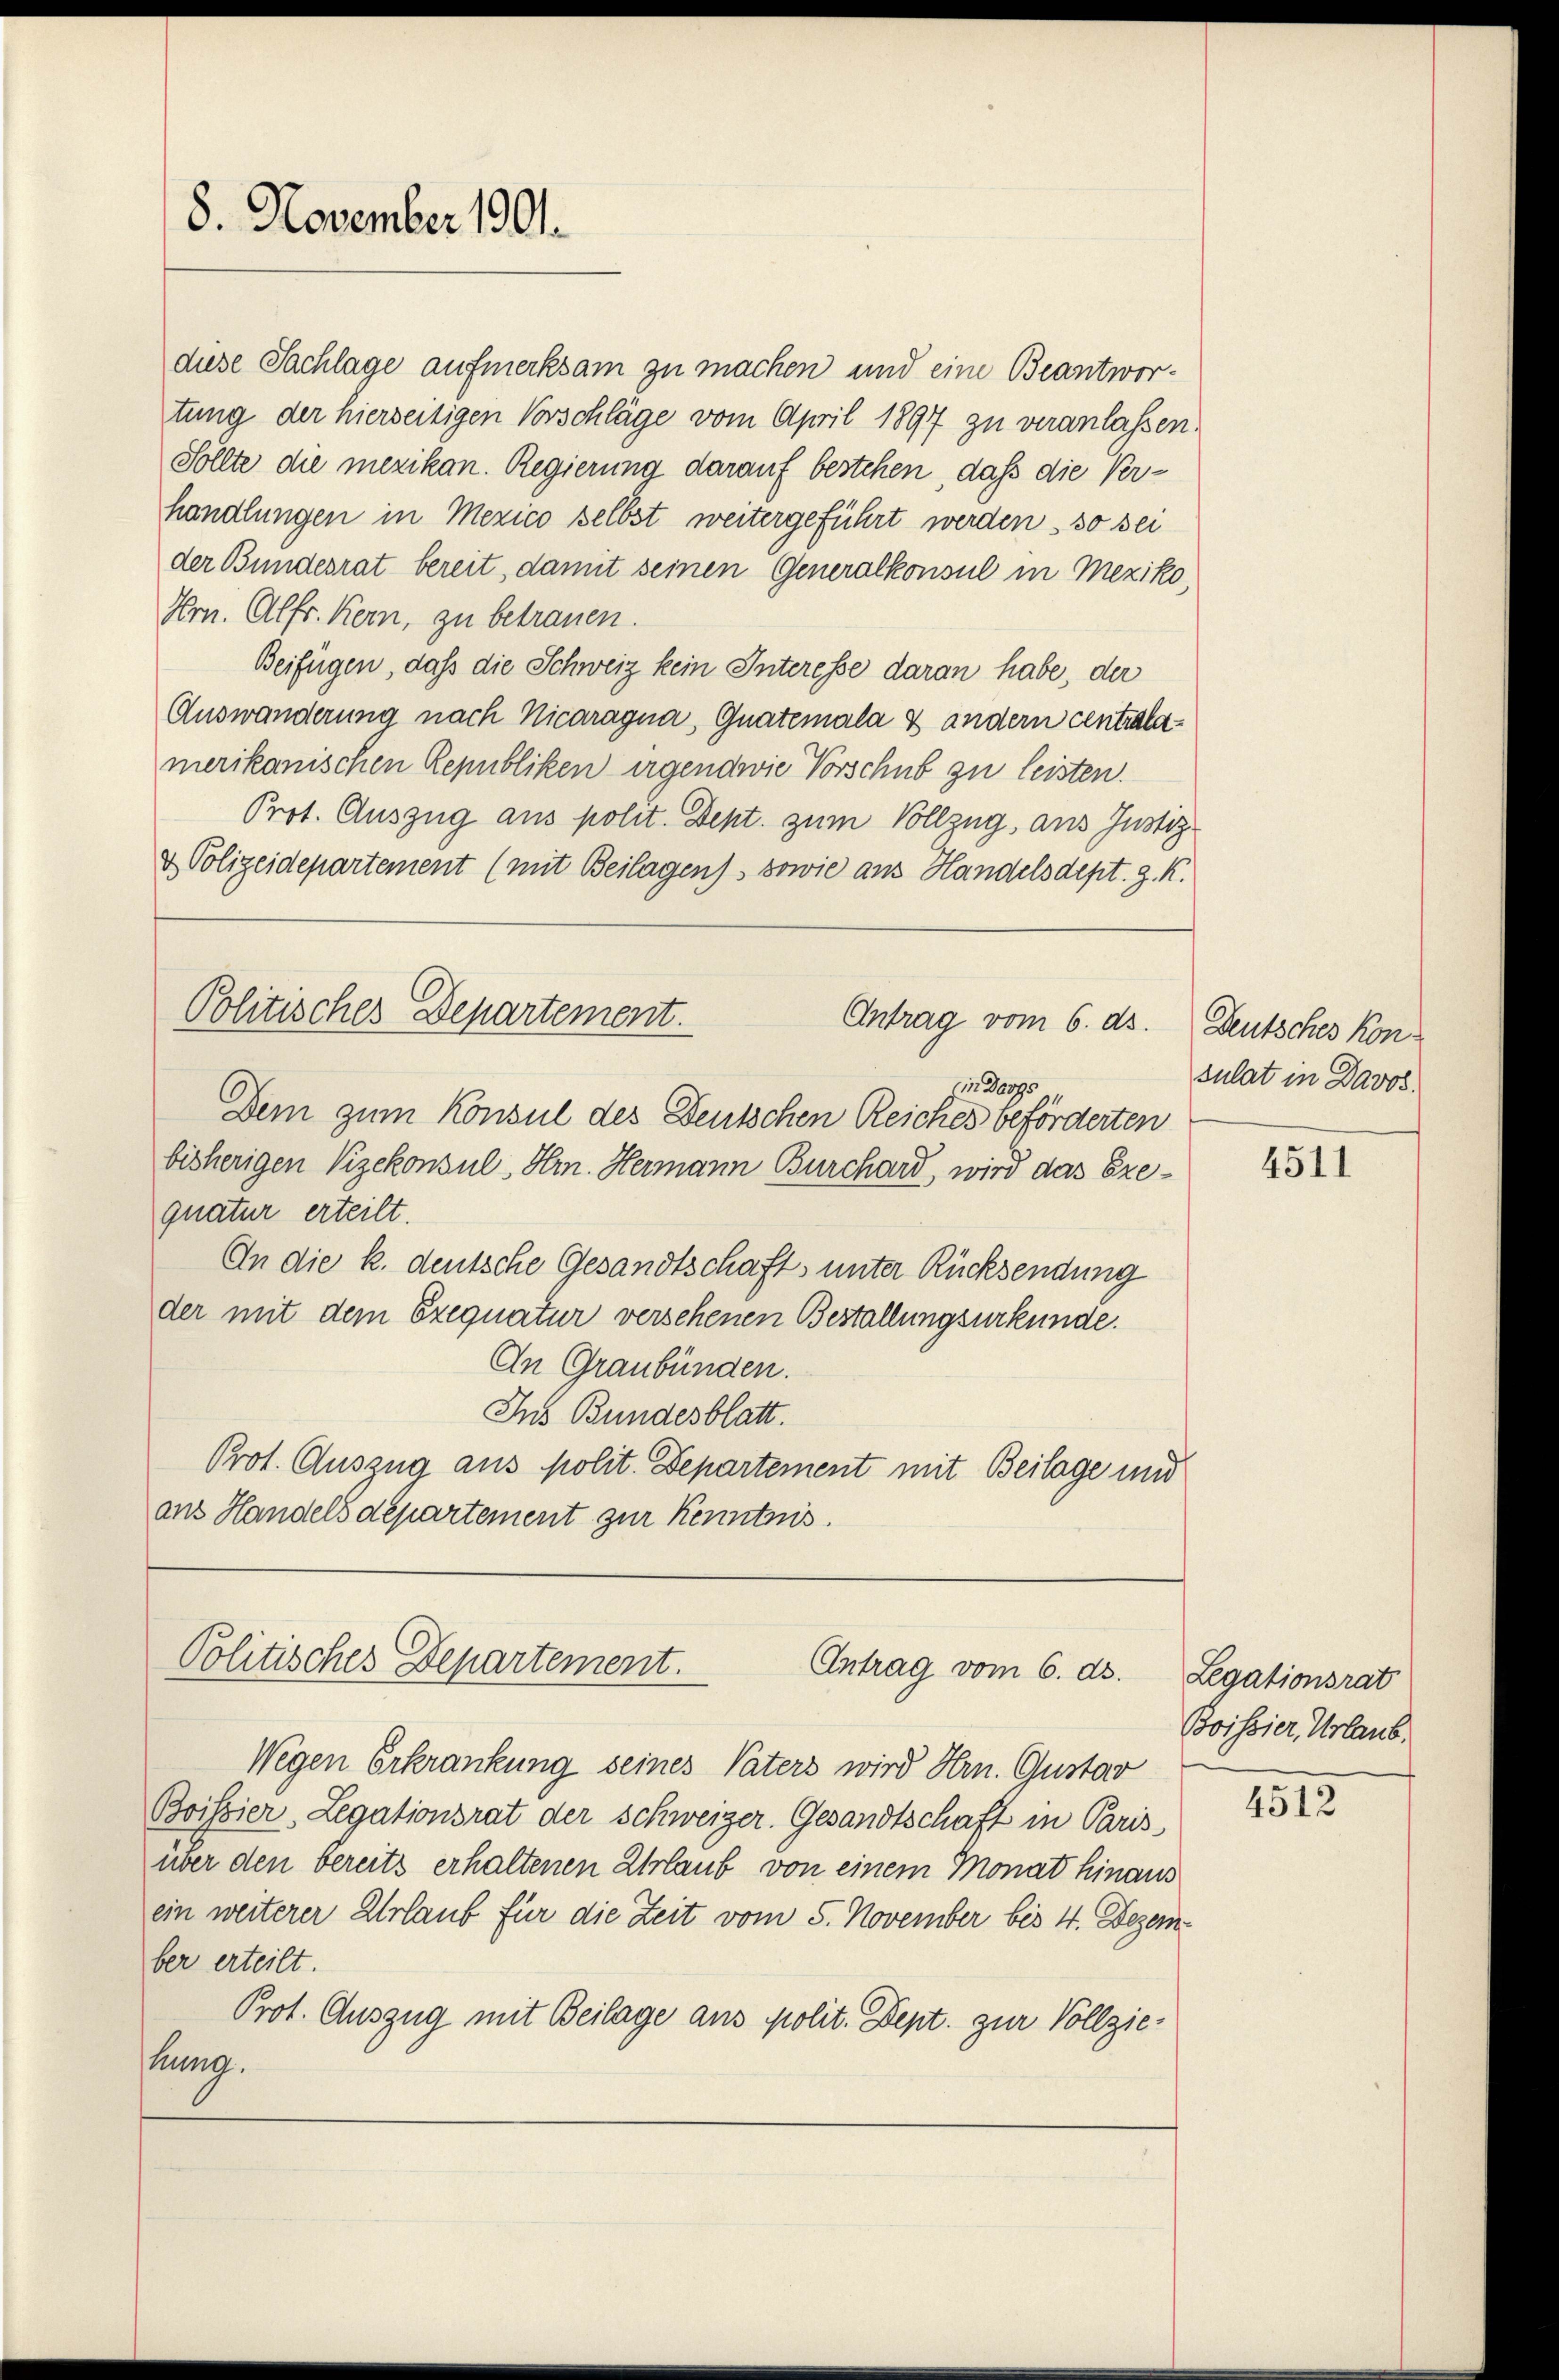
8. November 1901.

diese Sachlage aufmerksam zu machen und eine Beantwortung der hierseitigen Vorschläge vom April 1897 zu veranlassen,
Sollte die mexikan. Regierung darauf bestehen, daß die Verhandlungen in Mezico selbst weitergeführt werden so sei
der Bundesrat bereit, damit seinen Generalkonsul in Meziko
Hrn. Alfr. Kern, zu betrauen.
Beifügen, daß die Schweiz kein Interesse daran habe, der
Auswanderung nach Nicaragua, Guatemala & andern centralamerikanischen Republiken irgendwie Vorschub zu leisten.
Prot. Auszug aus polit. Dept. zum Vollzug, aus Justiz
& Polizeidepartement (mit Beilagen), sowie aus Handelsdept. g. K.
Politisches Departement.
Antrag vom 6. ds.
Ein Darfs
Dem zum Konsul des Deutschen Reiches beförderten
bisherigen Vizekonsul, Hrn. Hermann Burchard, wird das Exequatur erteilt.
An die k. deutsche Gesandtschafts unter Rücksendung
der mit dem Exequatur versehenen Bestallungsurkunde.
An Graubünden.
Ins Bundesblatt.
Prot. Auszug aus polit. Departement mit Beilage und
aus Handels departement zur Kenntnis.

Politisches Departement.
Antrag vom 6. ds.

Wegen Erkrankung seines Vaters wird Hrn. Gustar
Boissier, Legationsrat der Schweizer. Gesandtschaft in Paris
über den bereits erhaltenen Urlaub von einem Monat hinaus
ein weiterer Urlaub für die Zeit vom 5. November bis 4. Dezember erteilt.
Prot. Auszug mit Beilage aus polit. Dept. zur Vollziehung.

Deutsches konsulat in Davos.

4511

Legationsrat
Boissier Urlaub.

4512